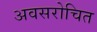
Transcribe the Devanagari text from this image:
अवसरोचित